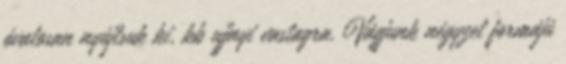
óvatosan nyújtsuk ki, kb ujjnyi vastagra. Vágjunk négyzet formájú